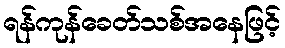
ရန်ကုန်ခေတ်သစ်အနေဖြင့်